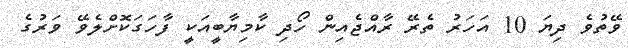
ވޭތުވެ ދިޔަ 10 އަހަރު ތެރޭ ރާއްޖެއިން ހޯދި ކާމިޔާބީއަކީ ފާހަގަކޮށްލެވޭ ވަރުގެ